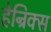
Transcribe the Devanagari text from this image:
हेन्रिक्स